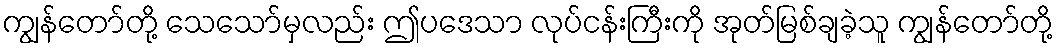
ကျွန်တော်တို့ သေသော်မှလည်း ဤပဒေသာ လုပ်ငန်းကြီးကို အုတ်မြစ်ချခဲ့သူ ကျွန်တော်တို့